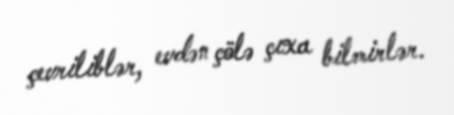
çevriliblər, evdən çölə çıxa bilmirlər.